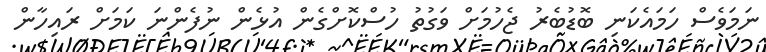
ނަމަވެސް ހަމައެކަނި ބޮޑުބެރު ޖެހުމަށް ވަގުތު ހުސްކޮށްގެން އުޅެން ނުފެންނަ ކަމަށް ރައިހާން